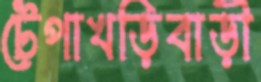
টেপাখড়িবাড়ী